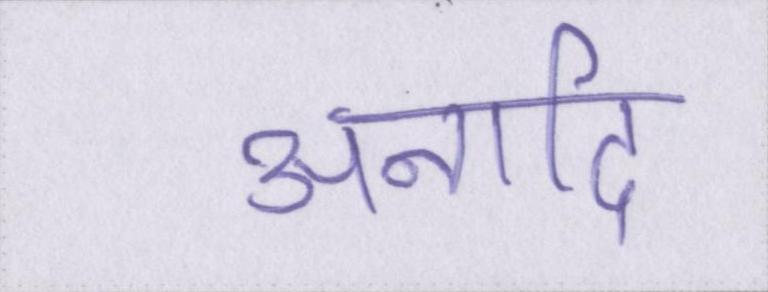
अनादि